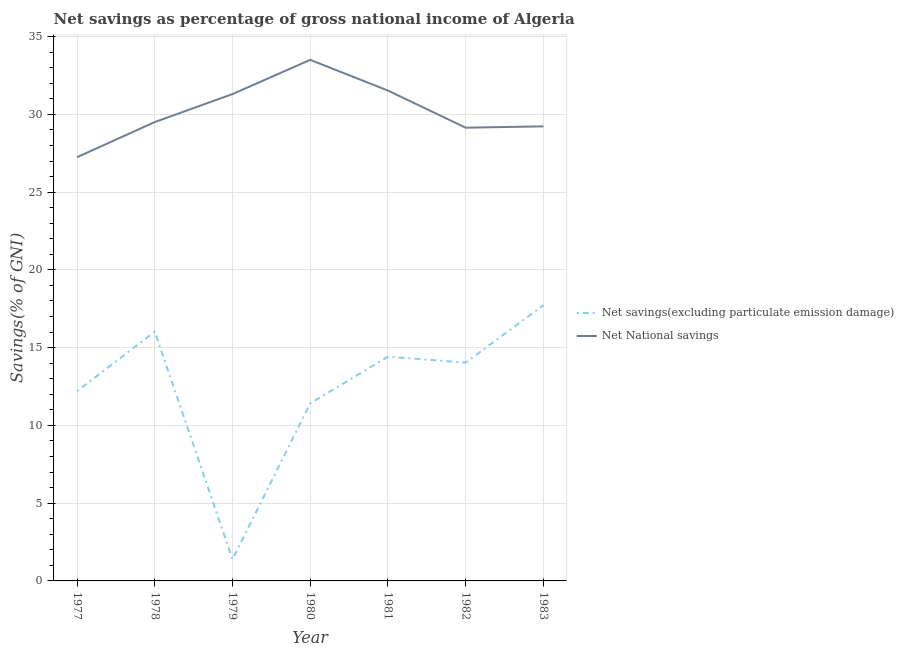
| Year | Net savings(excluding particulate emission damage) | Net National savings |
 | --- | --- | --- |
 | 1977 | 12.2 | 27.2 |
 | 1978 | 16 | 29.5 |
 | 1979 | 1.39 | 31.3 |
 | 1980 | 11.4 | 33.5 |
 | 1981 | 14.4 | 31.5 |
 | 1982 | 14 | 29.1 |
 | 1983 | 17.7 | 29.2 |